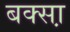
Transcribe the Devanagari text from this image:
बक्सा़